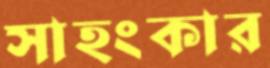
সাহংকার